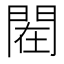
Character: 𰿟